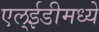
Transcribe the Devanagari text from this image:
एल्ईडीमध्ये